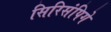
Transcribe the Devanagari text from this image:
सिरिसंपिगे